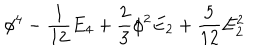
\phi ^ { 4 } - { \frac { 1 } { 1 2 } } E _ { 4 } + { \frac { 2 } { 3 } } \phi ^ { 2 } E _ { 2 } + { \frac { 5 } { 1 2 } } E _ { 2 } ^ { 2 }